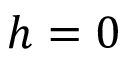
h = 0